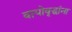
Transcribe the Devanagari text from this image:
वायोवृद्धांना